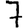
Digit: 7